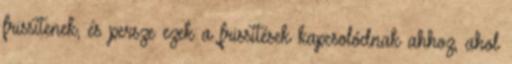
frissítenek, és persze ezek a frissítések kapcsolódnak ahhoz, ahol